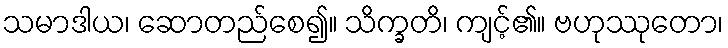
သမာဒါယ၊ ဆောတည်စေ၍။ သိက္ခတိ၊ ကျင့်၏။ ဗဟုဿုတော၊